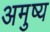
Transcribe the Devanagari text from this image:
अमुष्य